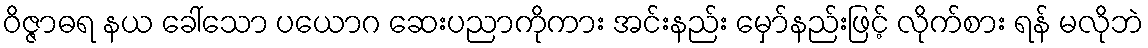
ဝိဇ္ဇာဓရ နယ ခေါ်သော ပယောဂ ဆေးပညာကိုကား အင်းနည်း မှော်နည်းဖြင့် လိုက်စား ရန် မလိုဘဲ